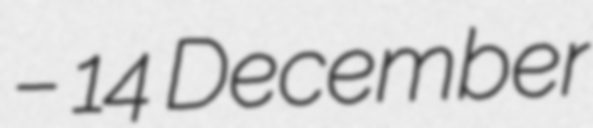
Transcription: – 14 December